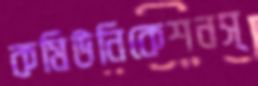
কমিউনিকেশনস্